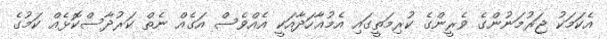
އެކަމަކު ޖަރުމަނުންގެ ވެރީންގެ ކުރިމަތީގައި އެމުޢާހަދާއަކީ އެއްވެސް އަގެއް ނެތް ކަރުދާސްކޮޅެއް ކަމުގެ